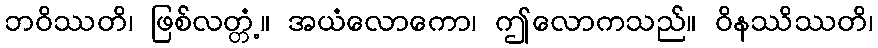
ဘဝိဿတိ၊ ဖြစ်လတ္တံ့။ အယံလောကော၊ ဤလောကသည်။ ဝိနဿိဿတိ၊